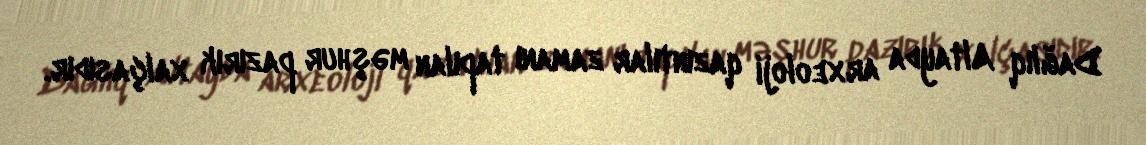
Dağlıq Altayda arxeoloji qazıntılar zamanı tapılan məşhur pazırık xalçasıdır.